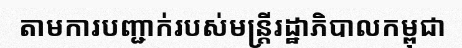
តាមការបញ្ជាក់របស់មន្ត្រីរដ្ឋាភិបាលកម្ពុជា